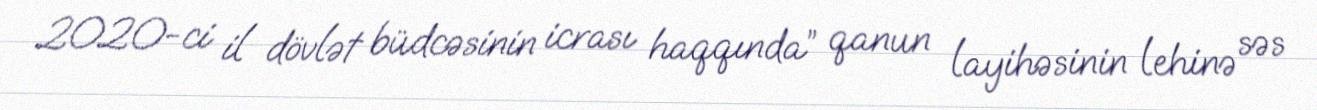
2020-ci il dövlət büdcəsinin icrası haqqında” qanun layihəsinin lehinə səs